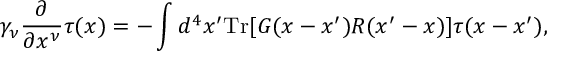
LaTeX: \gamma _ { \nu } \frac { \partial } { \partial x ^ { \nu } } \tau ( x ) = - \int d ^ { 4 } x ^ { \prime } \mathrm { T r } [ G ( x - x ^ { \prime } ) { \cal R } ( x ^ { \prime } - x ) ] \tau ( x - x ^ { \prime } ) ,